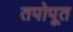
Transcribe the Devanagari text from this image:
तपोपूत